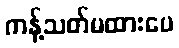
ကန့်သတ်မထားပေ